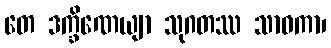
တေ ဒက္ခိဏေယျာ သုဂတဿ သာဝကာ၊